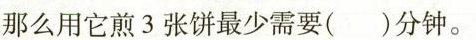
那么用它煎3张饼最少需要()分钟。